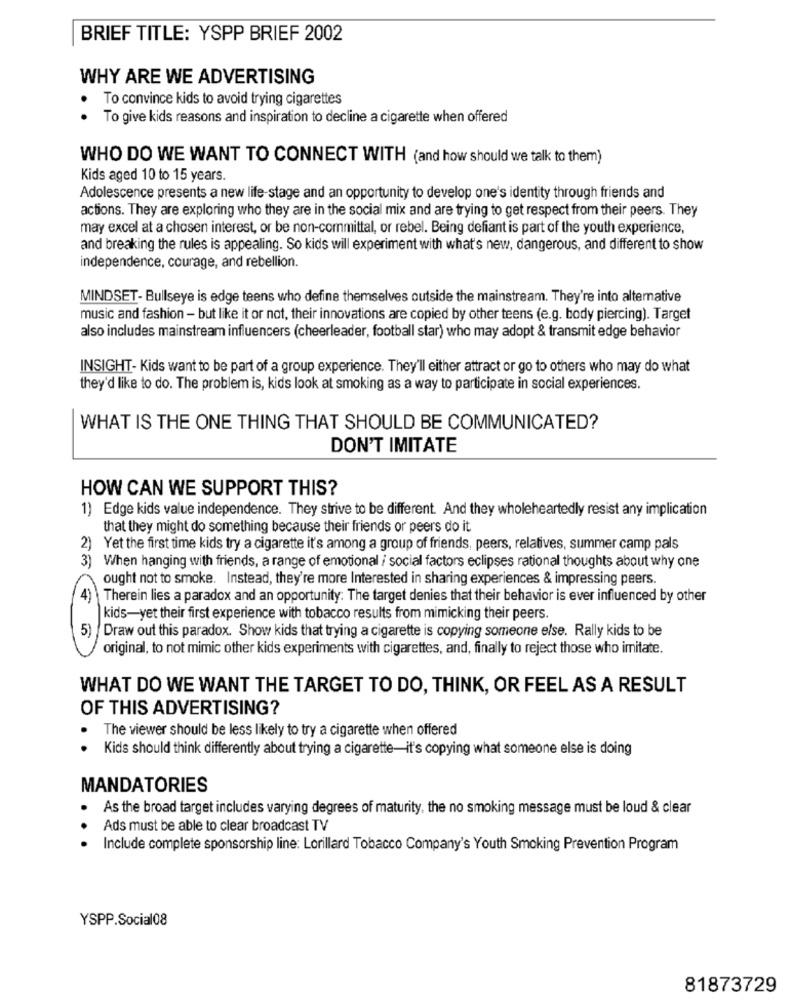
BRIEF TITLE: YSPP BRIEF 2002
WHY ARE WE ADVERTISING
To convince kids to avoid trying cigarettes
. .
To give kids reasons and inspiration to decline a cigarette when offered
WHO DO WE WANT TO CONNECT WITH (and how should we talk to them)
Kids aged 10 to 15 years.
Adolescence presents a new life-stage and an opportunity to develop one's identity through friends and
actions. They are exploring who they are in the social mix and are trying to get respect from their peers. They
may excel at a chosen interest, or be non-committal, or rebel. Being defiant is part of the youth experience,
and breaking the rules is appealing. So kids will experiment with what's new, dangerous, and different to show
independence, courage, and rebellion.
MINDSET- Bullseye is edge teens who define themselves outside the mainstream. They're into alternative
music and fashion - but like it or not, their innovations are copied by other teens (e.g. body piercing). Target
also includes mainstream influencers (cheerleader, football star) who may adopt & transmit edge behavior
INSIGHT- Kids want to be part of a group experience. They'll either attract or go to others who may do what
they'd like to do. The problem is, kids look at smoking as a way to participate in social experiences.
WHAT IS THE ONE THING THAT SHOULD BE COMMUNICATED?
DON'T IMITATE
HOW CAN WE SUPPORT THIS?
1) Edge kids value independence. They strive to be different. And they wholeheartedly resist any implication
that they might do something because their friends or peers do it
2) Yet the first time kids try a cigarette it's among a group of friends, peers, relatives, summer camp pals
3) When hanging with friends, a range of emotional / social factors eclipses rational thoughts about why one
ought not to smoke. Instead, they're more Interested in sharing experiences & impressing peers.
Therein lies a paradox and an opportunity: The target denies that their behavior is ever influenced by other
kids-yet their first experience with tobacco results from mimicking their peers.
5)
Draw out this paradox. Show kids that trying a cigarette is copying someone else. Rally kids to be
original, to not mimic other kids experiments with cigarettes, and, finally to reject those who imitate.
WHAT DO WE WANT THE TARGET TO DO, THINK, OR FEEL AS A RESULT
OF THIS ADVERTISING?
The viewer should be less likely to try a cigarette when offered
.
Kids should think differently about trying a cigarette-it's copying what someone else is doing
MANDATORIES
As the broad target includes varying degrees of maturity, the no smoking message must be loud & clear
Ads must be able to clear broadcast TV
Include complete sponsorship line: Lorillard Tobacco Company's Youth Smoking Prevention Program
YSPP.Social08
81873729